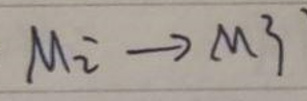
$M^{2} \rightarrow M^{3}$